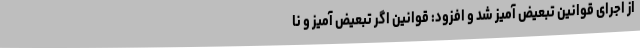
از اجرای قوانین تبعیض آمیز شد و افزود: قوانین اگر تبعیض آمیز و نا